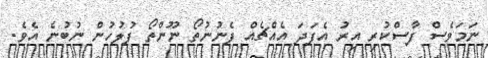
ނަމަވެސް ފާސްކުރި އިރު އެފަދަ އެއްޗެއް ފެނުނުތޯ ނޫންތޯ ފުލުހުން ނުބުނެ އެވެ.